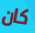
كان